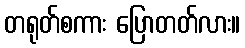
တရုတ်စကား ပြောတတ်လား။